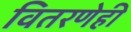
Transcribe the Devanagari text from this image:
वितरणेही